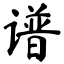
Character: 谱